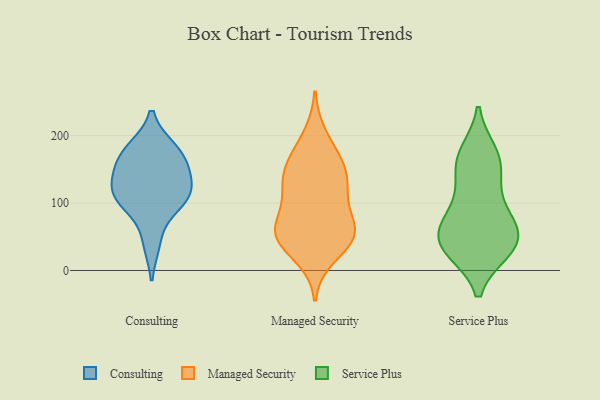
{"axis": {"x": "Churn Rate (%)", "y": "Value"}, "legend": ["Consulting", "Managed Security", "Service Plus"], "data": [{"x": "", "y": 111, "type": "Consulting"}, {"x": "", "y": 164, "type": "Consulting"}, {"x": "", "y": 42, "type": "Consulting"}, {"x": "", "y": 110, "type": "Consulting"}, {"x": "", "y": 104, "type": "Consulting"}, {"x": "", "y": 141, "type": "Consulting"}, {"x": "", "y": 180, "type": "Consulting"}, {"x": "", "y": 146, "type": "Consulting"}, {"x": "", "y": 179, "type": "Consulting"}, {"x": "", "y": 107, "type": "Consulting"}, {"x": "", "y": 50, "type": "Managed Security"}, {"x": "", "y": 74, "type": "Managed Security"}, {"x": "", "y": 117, "type": "Managed Security"}, {"x": "", "y": 54, "type": "Managed Security"}, {"x": "", "y": 61, "type": "Managed Security"}, {"x": "", "y": 21, "type": "Managed Security"}, {"x": "", "y": 47, "type": "Managed Security"}, {"x": "", "y": 168, "type": "Managed Security"}, {"x": "", "y": 114, "type": "Managed Security"}, {"x": "", "y": 120, "type": "Managed Security"}, {"x": "", "y": 60, "type": "Managed Security"}, {"x": "", "y": 141, "type": "Managed Security"}, {"x": "", "y": 149, "type": "Managed Security"}, {"x": "", "y": 161, "type": "Managed Security"}, {"x": "", "y": 200, "type": "Managed Security"}, {"x": "", "y": 49, "type": "Managed Security"}, {"x": "", "y": 166, "type": "Service Plus"}, {"x": "", "y": 32, "type": "Service Plus"}, {"x": "", "y": 34, "type": "Service Plus"}, {"x": "", "y": 69, "type": "Service Plus"}, {"x": "", "y": 142, "type": "Service Plus"}, {"x": "", "y": 66, "type": "Service Plus"}, {"x": "", "y": 86, "type": "Service Plus"}, {"x": "", "y": 117, "type": "Service Plus"}, {"x": "", "y": 62, "type": "Service Plus"}, {"x": "", "y": 47, "type": "Service Plus"}, {"x": "", "y": 30, "type": "Service Plus"}, {"x": "", "y": 166, "type": "Service Plus"}, {"x": "", "y": 174, "type": "Service Plus"}, {"x": "", "y": 32, "type": "Service Plus"}]}